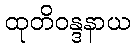
ထုတိဝန္ဒနာယ